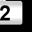
Digit: 2